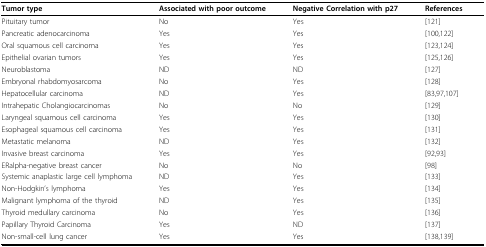
<table><thead><tr><td><b>Tumor type</b></td><td><b>Associated with poor outcome</b></td><td><b>Negative Correlation with p27</b></td><td><b>References</b></td></tr></thead><tbody><tr><td>Pituitary tumor</td><td>No</td><td>Yes</td><td>[121]</td></tr><tr><td>Pancreatic adenocarcinoma</td><td>Yes</td><td>Yes</td><td>[100,122]</td></tr><tr><td>Oral squamous cell carcinoma</td><td>Yes</td><td>Yes</td><td>[123,124]</td></tr><tr><td>Epithelial ovarian tumors</td><td>Yes</td><td>Yes</td><td>[125,126]</td></tr><tr><td>Neuroblastoma</td><td>ND</td><td>ND</td><td>[127]</td></tr><tr><td>Embryonal rhabdomyosarcoma</td><td>No</td><td>Yes</td><td>[128]</td></tr><tr><td>Hepatocellular carcinoma</td><td>ND</td><td>Yes</td><td>[83,97,107]</td></tr><tr><td>Intrahepatic Cholangiocarcinomas</td><td>No</td><td>No</td><td>[129]</td></tr><tr><td>Laryngeal squamous cell carcinoma</td><td>Yes</td><td>Yes</td><td>[130]</td></tr><tr><td>Esophageal squamous cell carcinoma</td><td>Yes</td><td>Yes</td><td>[131]</td></tr><tr><td>Metastatic melanoma</td><td>ND</td><td>Yes</td><td>[132]</td></tr><tr><td>Invasive breast carcinoma</td><td>Yes</td><td>Yes</td><td>[92,93]</td></tr><tr><td>ERalpha-negative breast cancer</td><td>No</td><td>No</td><td>[98]</td></tr><tr><td>Systemic anaplastic large cell lymphoma</td><td>ND</td><td>Yes</td><td>[133]</td></tr><tr><td>Non-Hodgkin&#x27;s lymphoma</td><td>Yes</td><td>Yes</td><td>[134]</td></tr><tr><td>Malignant lymphoma of the thyroid</td><td>ND</td><td>Yes</td><td>[135]</td></tr><tr><td>Thyroid medullary carcinoma</td><td>No</td><td>Yes</td><td>[136]</td></tr><tr><td>Papillary Thyroid Carcinoma</td><td>Yes</td><td>ND</td><td>[137]</td></tr><tr><td>Non-small-cell lung cancer</td><td>Yes</td><td>Yes</td><td>[138,139]</td></tr></tbody></table>